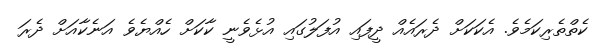
ކެތްތެރިކަމެވެ. އެކަކަށް ދެރައެއް ދީފައި އުފަލުގައި އުޅެވެނީ ކާކަށް ހެއްޔެވެ އަނެކާއަށް ދެރަ